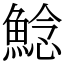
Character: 鯰